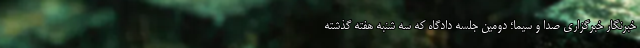
خبرنگار خبرگزاری صدا و سیما؛ دومین جلسه دادگاه که سه شنبه هفته گذشته